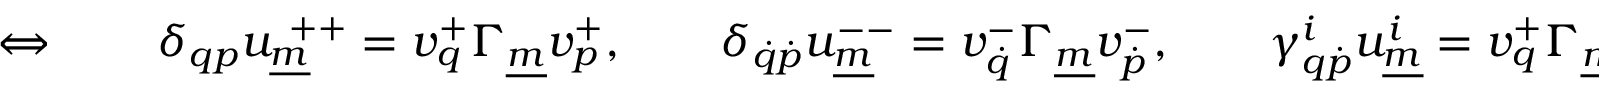
\Leftrightarrow \qquad \delta _ { q p } u _ { \underline { { { m } } } } ^ { ~ + + } = v _ { q } ^ { + } \Gamma _ { \underline { { { m } } } } v _ { p } ^ { + } , \qquad \delta _ { \dot { q } \dot { p } } u _ { \underline { { { m } } } } ^ { -- } = v _ { \dot { q } } ^ { - } \Gamma _ { \underline { { { m } } } } v _ { \dot { p } } ^ { - } , \qquad \gamma _ { q \dot { p } } ^ { i } u _ { \underline { { { m } } } } ^ { i } = v _ { q } ^ { + } \Gamma _ { \underline { { { m } } } } v _ { \dot { p } } ^ { - } ,